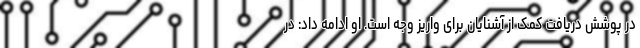
در پوشش دریافت کمک از آشنایان برای واریز وجه است. او ادامه داد: در